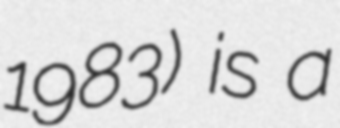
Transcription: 1983) is a